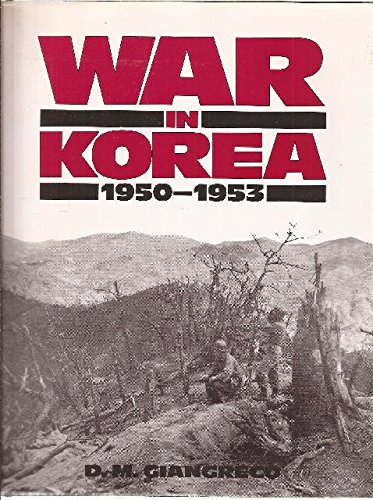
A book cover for War in Korea, 1950-1953; D. M. Giangreco; History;